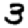
Digit: 3